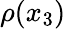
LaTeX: \rho(x_{3})